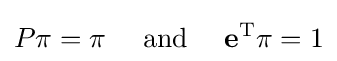
P\pi =\pi \quad {\text{ and }}\quad \mathbf {e} ^{\text{T}}\pi =1